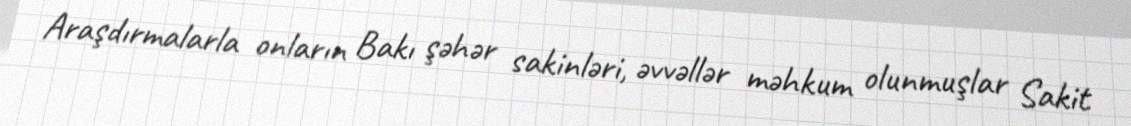
Araşdırmalarla onların Bakı şəhər sakinləri, əvvəllər məhkum olunmuşlar Sakit